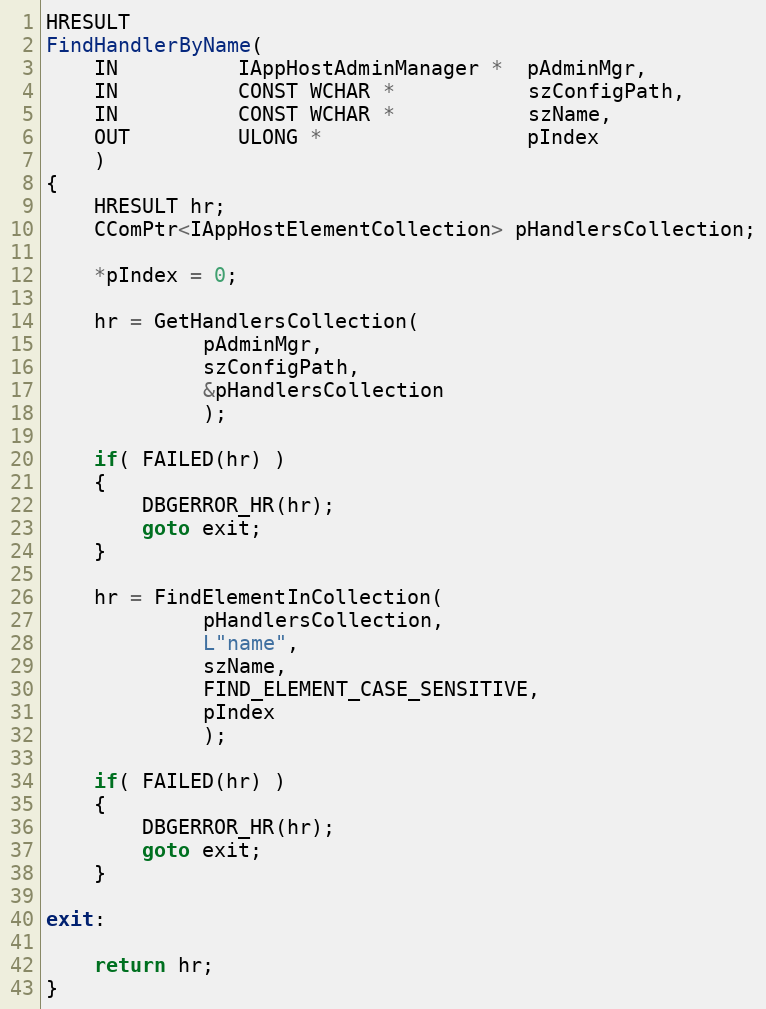
Language: C++
HRESULT
FindHandlerByName(
    IN          IAppHostAdminManager *  pAdminMgr,
    IN          CONST WCHAR *           szConfigPath,
    IN          CONST WCHAR *           szName,
    OUT         ULONG *                 pIndex
    )
{
    HRESULT hr;
    CComPtr<IAppHostElementCollection> pHandlersCollection;

    *pIndex = 0;

    hr = GetHandlersCollection(
             pAdminMgr,
             szConfigPath,
             &pHandlersCollection
             );

    if( FAILED(hr) )
    {
        DBGERROR_HR(hr);
        goto exit;
    }

    hr = FindElementInCollection(
             pHandlersCollection,
             L"name",
             szName,
             FIND_ELEMENT_CASE_SENSITIVE,
             pIndex
             );

    if( FAILED(hr) )
    {
        DBGERROR_HR(hr);
        goto exit;
    }

exit:

    return hr;
}